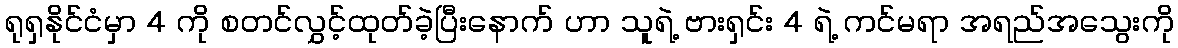
ရုရှနိုင်ငံမှာ 4 ကို စတင်လွှင့်ထုတ်ခဲ့ပြီးနောက် ဟာ သူရဲ့ ဗားရှင်း 4 ရဲ့ ကင်မရာ အရည်အသွေးကို